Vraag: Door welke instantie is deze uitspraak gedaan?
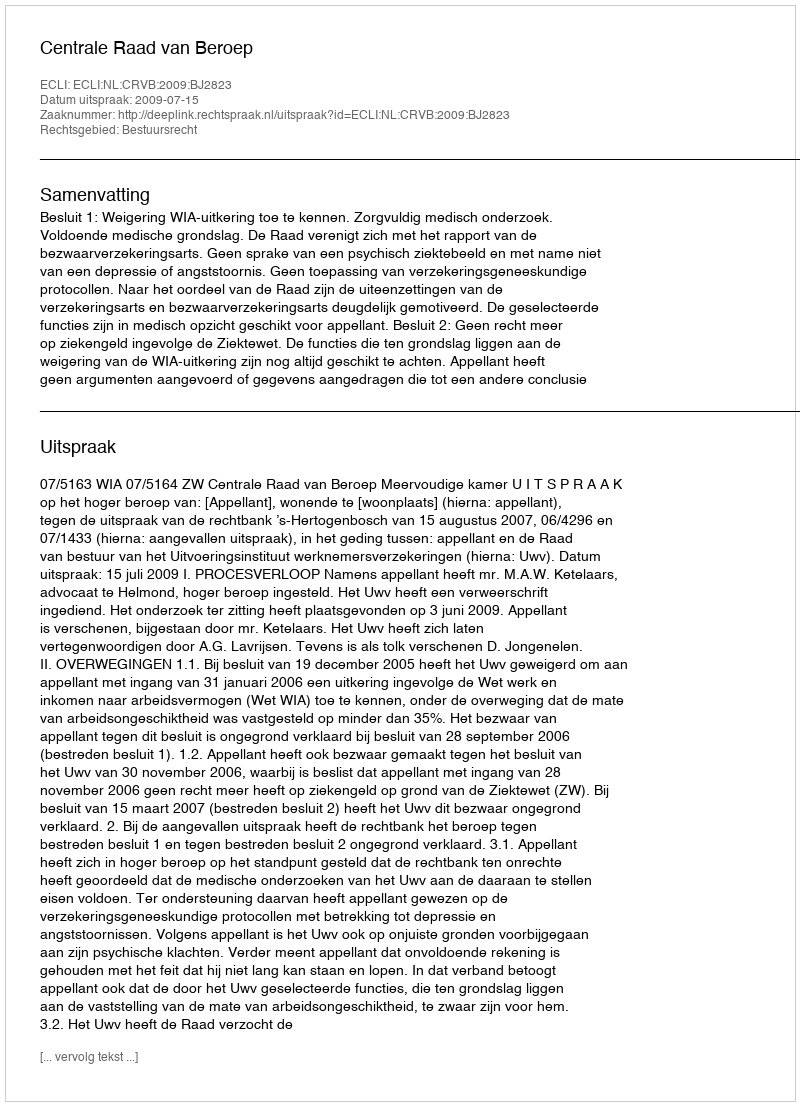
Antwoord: Centrale Raad van Beroep